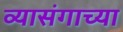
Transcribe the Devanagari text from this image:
व्यासंगाच्या